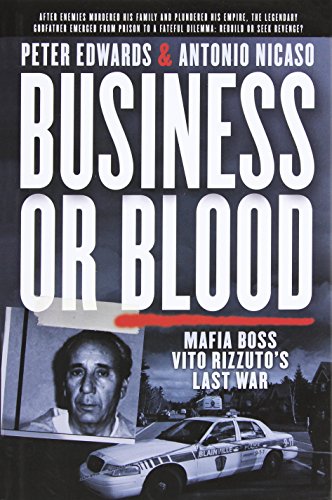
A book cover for Business or Blood: Mafia Boss Vito Rizzuto's Last War; Peter Edwards; Biographies & Memoirs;